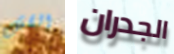
القش الجدران